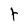
Character: t